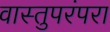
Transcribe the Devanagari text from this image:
वास्तुपरंपरा